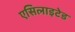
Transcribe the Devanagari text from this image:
एसिलाइटेड